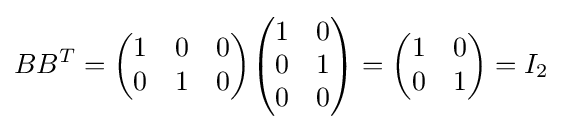
BB^{T}={\begin{pmatrix}1&0&0\\0&1&0\end{pmatrix}}{\begin{pmatrix}1&0\\0&1\\0&0\end{pmatrix}}={\begin{pmatrix}1&0\\0&1\end{pmatrix}}=I_{2}